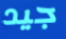
جيد